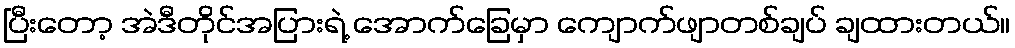
ပြီးတော့ အဲဒီတိုင်အပြားရဲ့ အောက်ခြေမှာ ကျောက်ဖျာတစ်ချပ် ချထားတယ်။